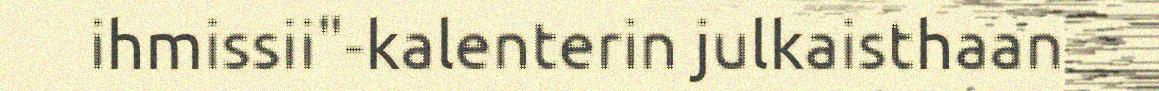
ihmissii"-kalenterin julkaisthaan